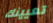
تعيينك